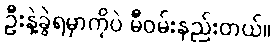
ဦးနဲ့ခွဲရမှာကိုပဲ မီဝမ်းနည်းတယ်။